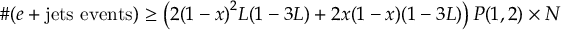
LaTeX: \# ( e + \mathrm { j e t s ~ e v e n t s } ) \geq \left( 2 { ( 1 - x ) } ^ { 2 } L ( 1 - 3 L ) + 2 x ( 1 - x ) ( 1 - 3 L ) \right) P ( 1 , 2 ) \times \cal N